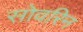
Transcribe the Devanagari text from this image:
सोवरिन